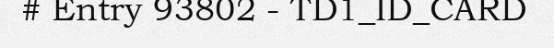
# Entry 93802 - TD1_ID_CARD